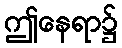
ဤနေရာ၌